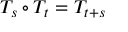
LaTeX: T _ { s } \circ T _ { t } = T _ { t + s }